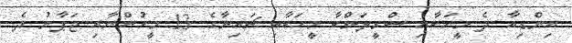
އިންޑިއާ ދެ މީހަކާއި ސްރީލަންކާ މީހަކާއި ޗައިނާގެ 13 މީހުންނާއި ޖަޕާނު ދެ